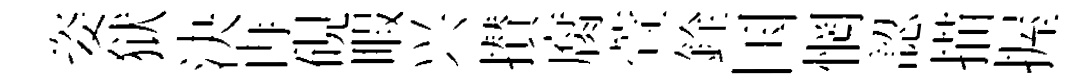
姿狱決冉硯睱兴攅腐萱銓国惘認描握